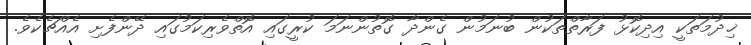
ޚިދުމަތަކީ އިދިކޮޅު ފަރާތްތަކުން ބުނަމުން ގެންދާ ގޮތުންނަމަ ކުރީގައި އޮތްވެރިކަމުގައި ދޭންފެށި އެއްޗެކެވެ.